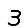
Digit: 3